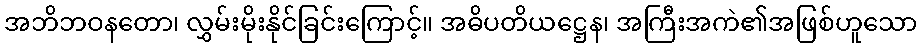
အဘိဘဝနတော၊ လွှမ်းမိုးနိုင်ခြင်းကြောင့်။ အဓိပတိယဋ္ဌေန၊ အကြီးအကဲ၏အဖြစ်ဟူသော